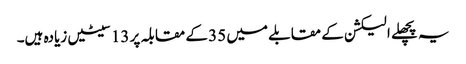
یہ پچھلے الیکشن کے مقابلے میں 35 کے مقابلہ پر 13 سیٹیں زیادہ ہیں۔